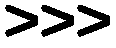
>>>